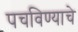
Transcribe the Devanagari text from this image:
पचविण्याचे